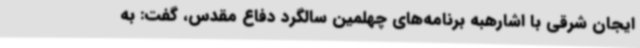
ایجان‌ شرقی با اشارهبه برنامه‌های چهلمین سالگرد دفاع‌ مقدس، گفت: به